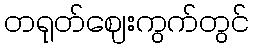
တရုတ်ဈေးကွက်တွင်